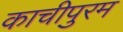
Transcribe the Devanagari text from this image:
काचीपुरम